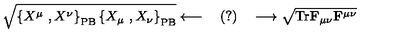
\sqrt { \left\{ X ^ { \mu } \ , X ^ { \nu } \right\} _ { \mathrm { P B } } \left\{ X _ { \mu } \ , X _ { \nu } \right\} _ { \mathrm { P B } } } \longleftarrow \quad ( ? ) \quad \longrightarrow \sqrt { \mathrm { T r } \mathbf { F } _ { \mu \nu } \mathbf { F } ^ { \mu \nu } }